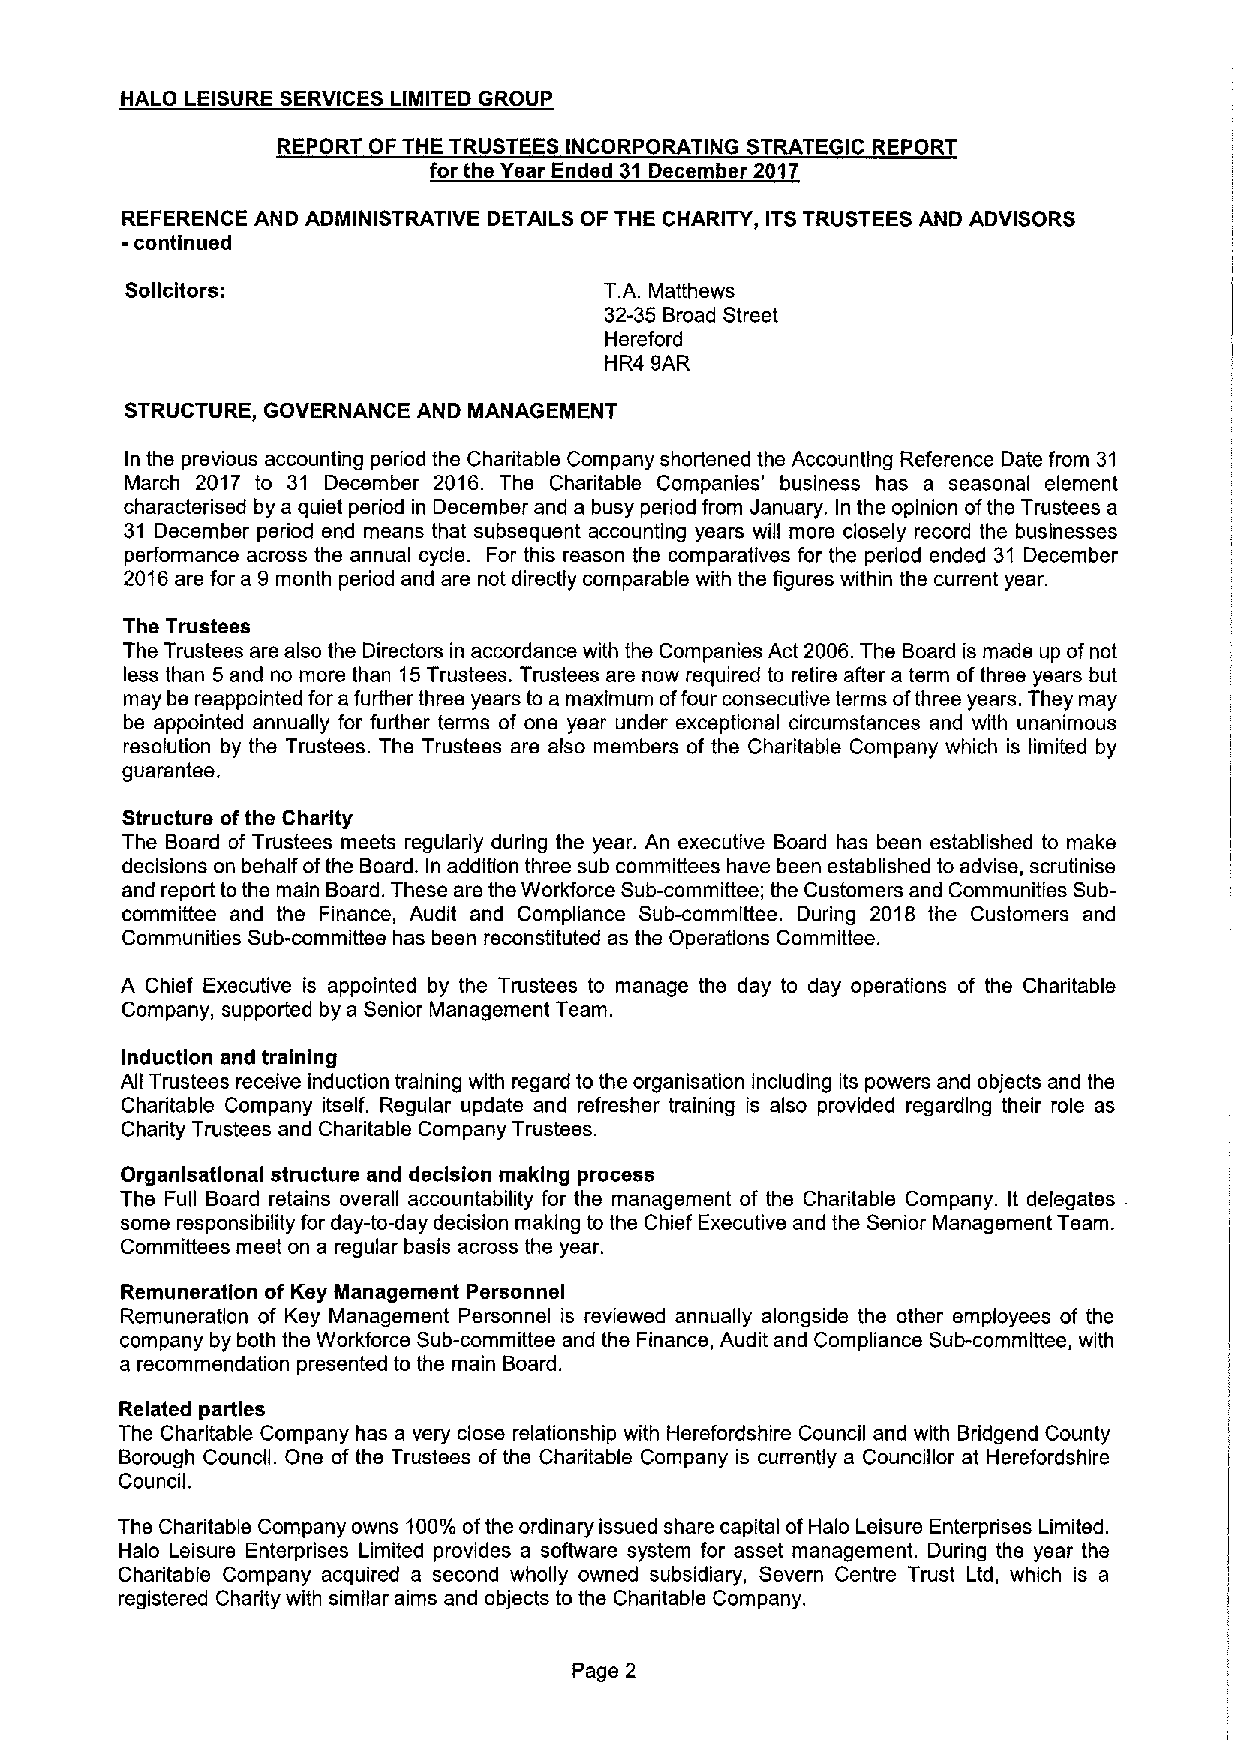
HALO LEISURE SERVICES LIMITED GROUP
 REPORT OF THE TRUSTEES INCORPORATING STRATEGIC REPORT
 for the Year Ended 31 December 2017
 REFERENCE AND ADMINISTRATIVE DETAILS OF THE CHARITY, ITSTRUSTEES AND ADVISORS
 -continued
 Solicitors:                     T.A. Matthews
 32-35 Broad Street
 Hereford
 HR4 9AR
 STRUCTURE, GOVERNANCE AND MANAGEMENT
 In the previous accounting period the Charitable Company shortened the Accounting Reference Date from 31
 March 2017 to 31 December 2016. The Charitable Companies' business has a seasonal element
 characterised by a quiet period in December and a busy period from January. In the opinion ofthe Trustees a
 31 December period end means that subsequent accounting years will more closely record the businesses
 performance across the annual cycle. For this reason the comparatives for the period ended 31 December
 2016are for a 9 month period and are not directly comparable with the figures within the current year.
 The Trustees
 The Trustees are also the Directors in accordance with the Companies Act 2006.The Board is made up ofnot
 less than 5and no more than 15Trustees. Trustees are now required to retire after a term ofthree years but
 may be reappointed for a further three years to a maximum offour consecutive terms ofthree years. They may
 be appointed annually for further terms of one year under exceptional circumstances and with unanimous
 resolution by the Trustees. The Trustees are also members of the Charitable Company which is limited by
 guarantee.
 Structure ofthe Charity
 The Board of Trustees meets regularly during the year. An executive Board has been established to make
 decisions on behalf ofthe Board. In addition three sub committees have been established to advise, scrutinise
 and report to the main Board. These are the Workforce Sub-committee; the Customers and Communities Sub-
 committee and the Finance, Audit and Compliance Sub-committee. During 2018 the Customers and
 Communities Sub-committee has been reconstituted as the Operations Committee.
 A Chief Executive is appointed by the Trustees to manage the day to day operations of the Charitable
 Company, supported by a Senior Management Team.
 Induction and training
 All Trustees receive induction training with regard to the organisation including its powers and objects and the
 Charitable Company itself. Regular update and refresher training is also provided regarding their role as
 Charity Trustees and Charitable Company Trustees.
 Organlsatlonal structure and decision making process
 The Full Board retains overall accountability for the management of the Charitable Company. It delegates
 some responsibility for day-to-day decision making to the Chief Executive and the Senior Management Team.
 Committees meet on a regular basis across the year.
 Remuneration of Key Management Personnel
 Remuneration of Key Management Personnel is reviewed annually alongside the other employees of the
 company by both the Workforce Sub-committee and the Finance, Audit and Compliance Sub-committee, with
 a recommendation presented to the main Board.
 Related parties
 The Charitable Company has a very close relationship with Herefordshire Council and with Bridgend County
 Borough Council. One of the Trustees of the Charitable Company is currently a Councillor at Herefordshire
 Council.
 The Charitable Company owns 100'/o ofthe ordinary issued share capital ofHalo Leisure Enterprises Limited.
 Halo Leisure Enterprises Limited provides a software system for asset management. During the year the
 Charitable Company acquired a second wholly owned subsidiary, Severn Centre Trust Ltd, which is a
 registered Charity with similar aims and objects to the Charitable Company.
 Page 2